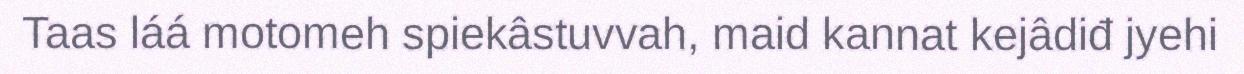
Taas láá motomeh spiekâstuvvah, maid kannat kejâdiđ jyehi